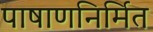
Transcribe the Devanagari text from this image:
पाषाणनिर्मित